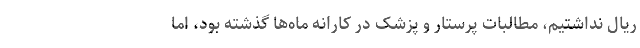
ریال نداشتیم، مطالبات پرستار و پزشک در کارانه ماه‌ها گذشته بود، اما